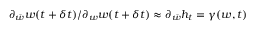
\partial _ { \bar { w } } w ( t + \delta t ) / \partial _ { w } w ( t + \delta t ) \approx \partial _ { \bar { w } } h _ { t } = \gamma ( w , t )